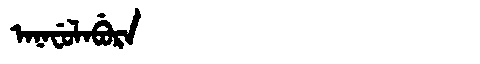
Manchu: ᠠᠨᠠᠸᡠᠯᠠᠪᡠᡵᠠ
Romanization: ANAFULABURA